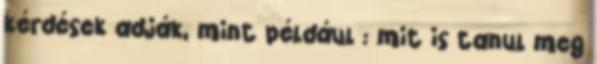
kérdések adják, mint például : mit is tanul meg